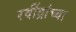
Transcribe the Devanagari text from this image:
रवींद्रांच्या